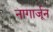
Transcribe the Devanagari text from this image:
नागार्जून